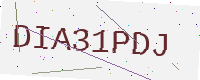
Text: DIA31PDJ